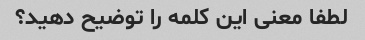
لطفا معنی این کلمه را توضیح دهید؟